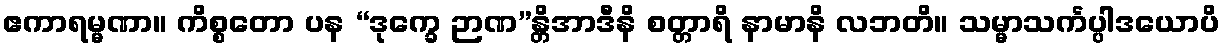
ဧကာရမ္မဏာ။ ကိစ္စတော ပန “ဒုက္ခေ ဉာဏ”န္တိအာဒီနိ စတ္တာရိ နာမာနိ လဘတိ။ သမ္မာသင်္ကပ္ပါဒယောပိ